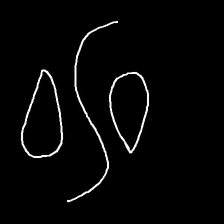
Glyph: water